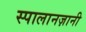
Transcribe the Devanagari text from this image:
स्पालानज़ानी